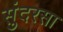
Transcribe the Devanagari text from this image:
सुंदरसा